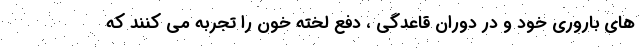
های باروری خود و در دوران قاعدگی ، دفع لخته خون را تجربه می کنند که